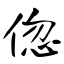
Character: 偬